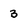
Character: 3